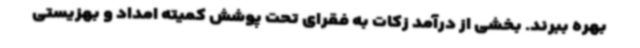
بهره ببرند. بخشی از درآمد زکات به فقرای تحت پوشش کمیته امداد و بهزیستی